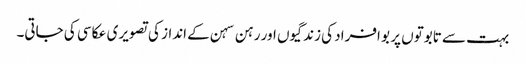
بہت سے تابوتوں پر بو افراد کی زندگیوں اور رہن سہن کے انداز کی تصویری عکاسی کی جاتی۔